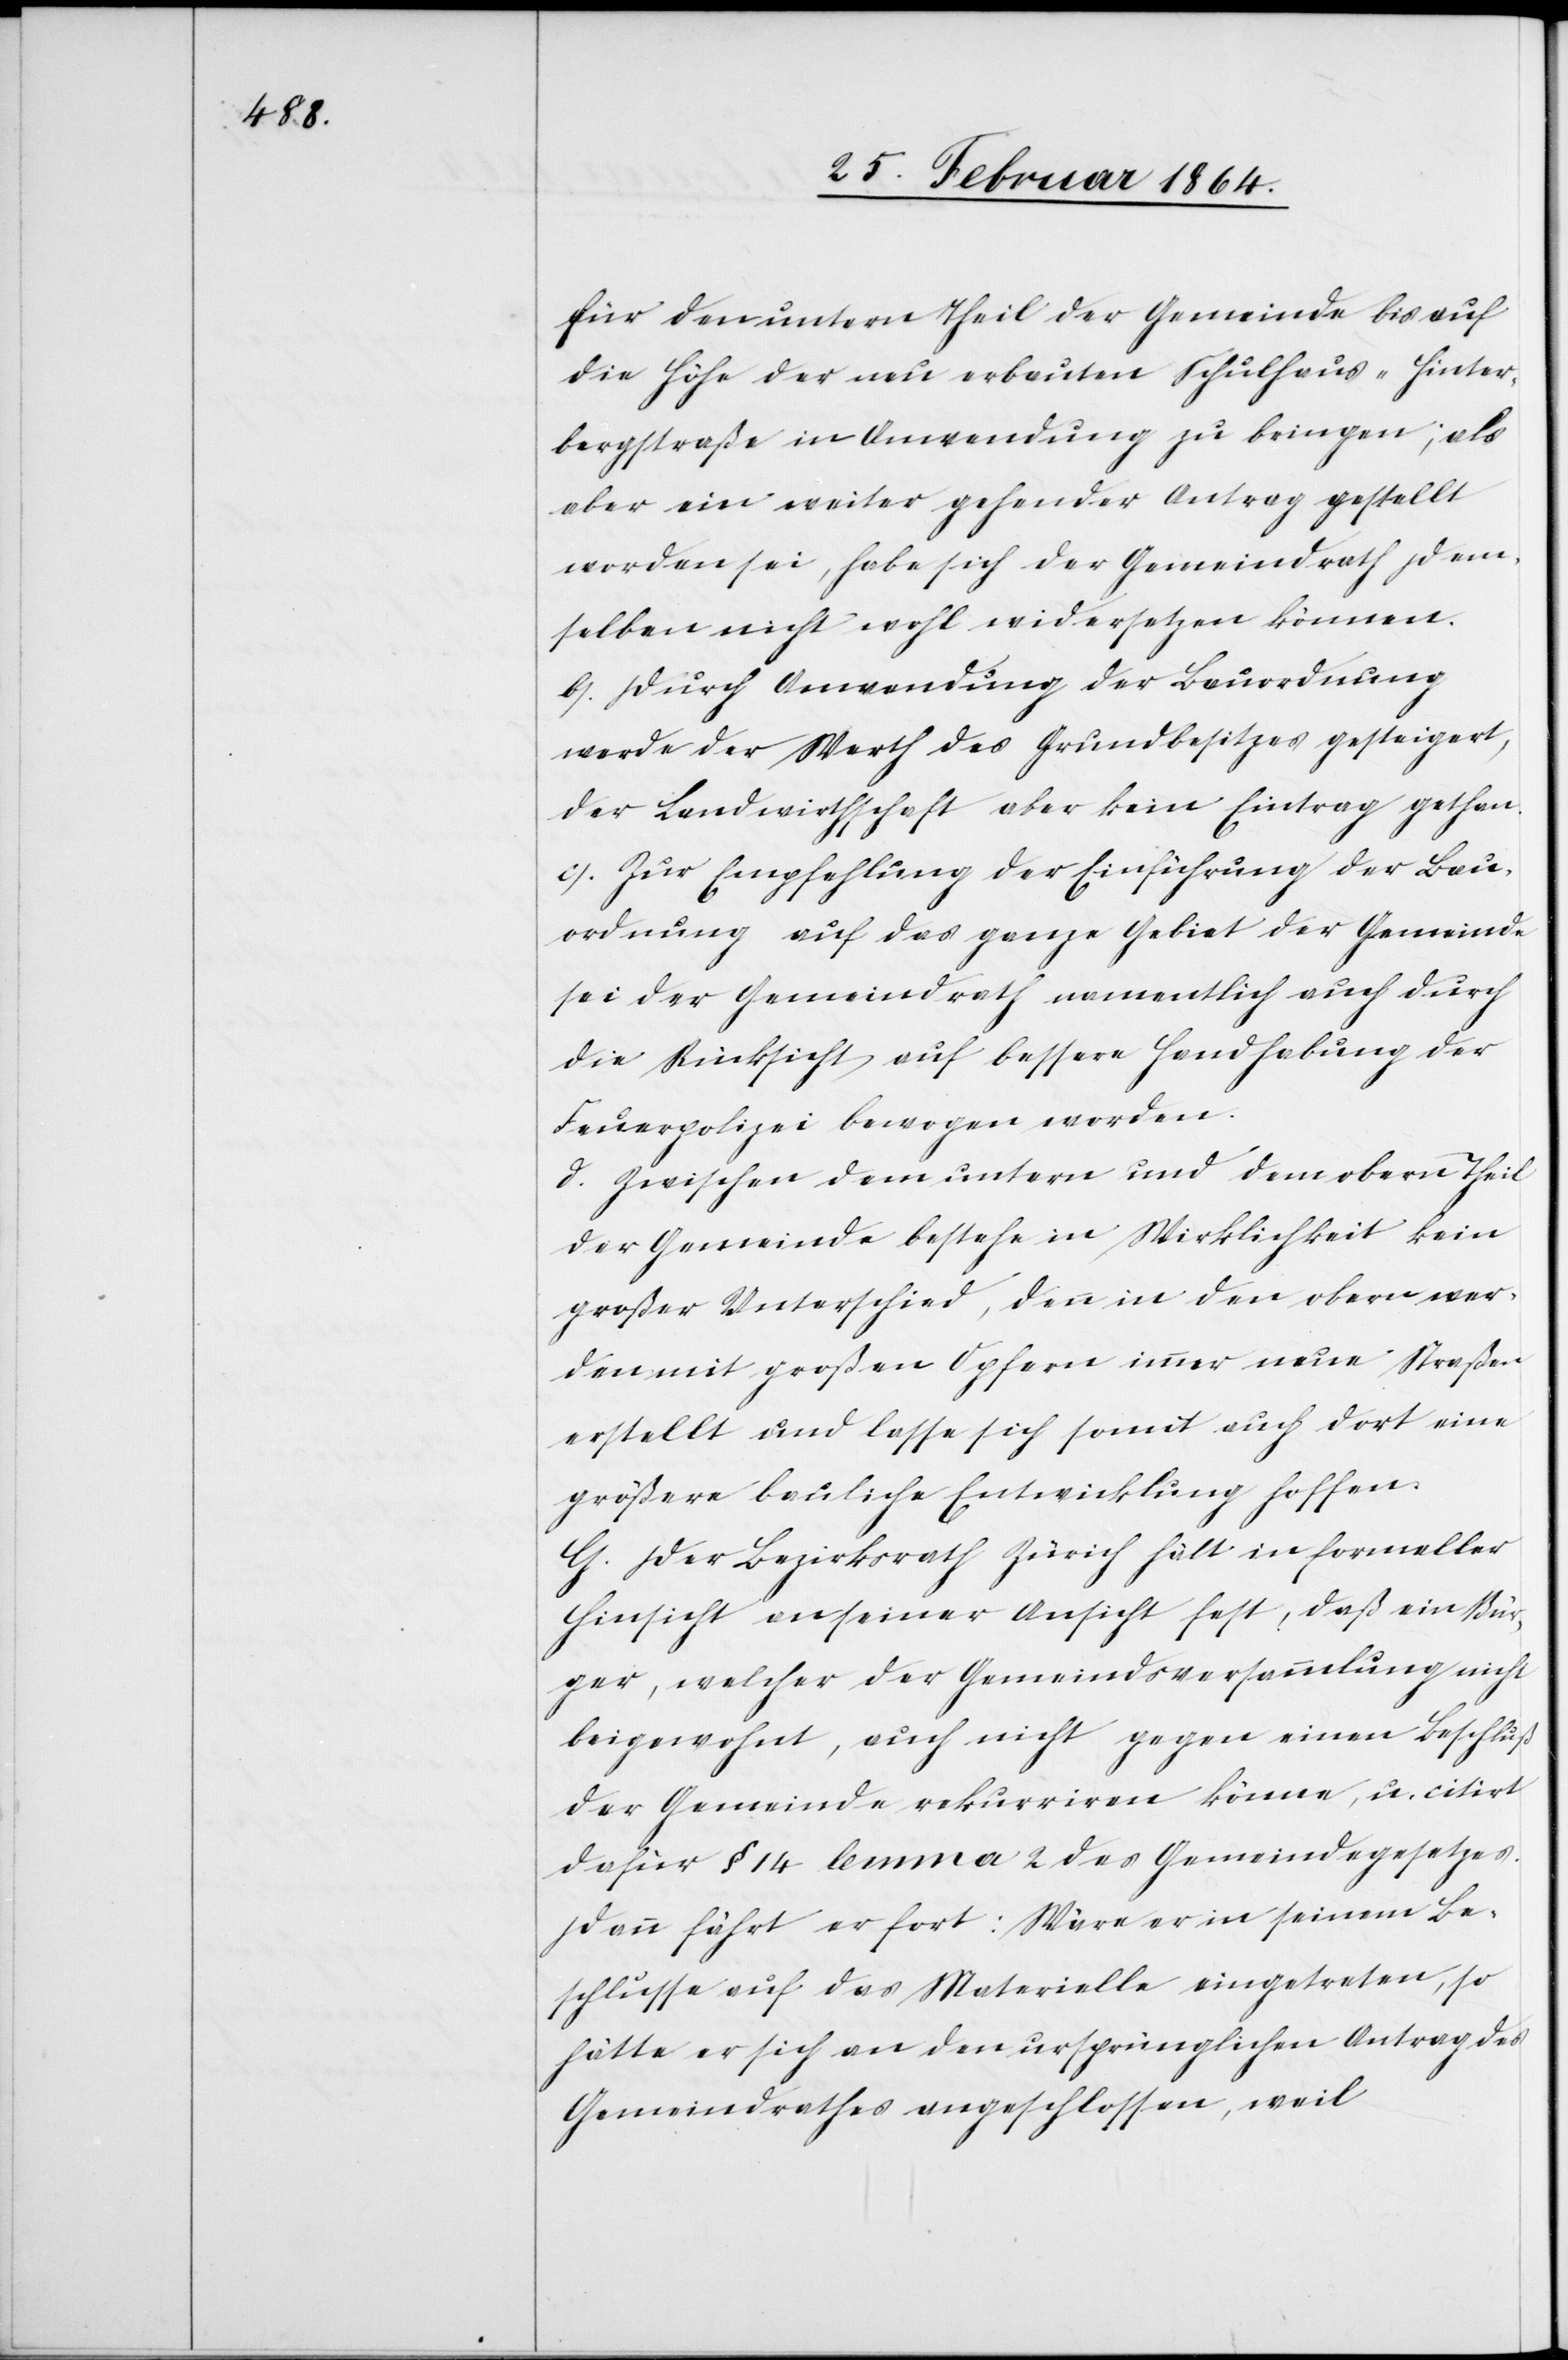
für den untern Theil der Gemeinde bis auf
die Höhe der neu erbauten Schulhaus-Hinter¬
bergstraße in Anwendung zu bringen; als
aber ein weiter gehender Antrag gestellt
worden sei, habe sich der Gemeindrath dem¬
selben nicht wohl widersetzen können.
b.) Durch Anwendung der Bauordnung
werde der Werth des Grundbesitzes gesteigert,
der Landwirthschaft aber kein Eintrag gethan.
c.) Zur Empfehlung der Einführung der Bau¬
ordnung auf das ganze Gebiet der Gemeinde
sei der Gemeindrath namentlich auch durch
die Rücksicht auf bessere Handhabung der
Feuerpolizei bewogen worden.
d.) Zwischen dem untern und dem obern Theil
der Gemeinde bestehe in Wirklichkeit kein
großer Unterschied, denn in den obern wer¬
den mit großen Opfern immer neue Straßen
erstellt und lasse sich somit auch dort eine
größere bauliche Entwicklung hoffen.
G. Der Bezirksrath Zürich hält in formeller
Hinsicht an seiner Ansicht fest, daß ein Bür¬
ger, welcher der Gemeindsversammlung nicht
beigewohnt, auch nicht gegen einen Beschluß
der Gemeinde rekurriren könne, u. citirt
dafür § 14 lemma 2 des Gemeindegesetzes.
Dann fährt er fort: Wäre er in seinem Be¬
schlusse auf das Materielle eingetreten, so
hätte er sich an den ursprünglichen Antrag des
Gemeindrathes angeschlossen, weil